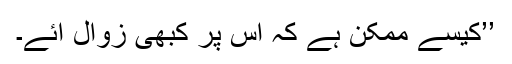
’’کیسے ممکن ہے کہ اس پر کبھی زوال آئے۔